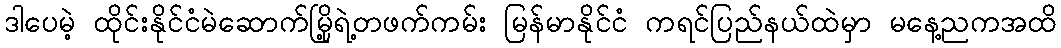
ဒါပေမဲ့ ထိုင်းနိုင်ငံမဲဆောက်မြို့ရဲ့တဖက်ကမ်း မြန်မာနိုင်ငံ ကရင်ပြည်နယ်ထဲမှာ မနေ့ညကအထိ